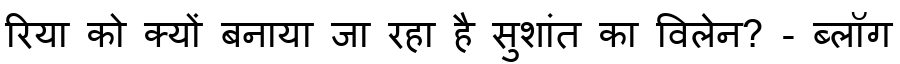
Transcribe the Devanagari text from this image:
रिया को क्यों बनाया जा रहा है सुशांत का विलेन? - ब्लॉग